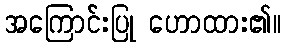
အကြောင်းပြု ဟောထား၏။